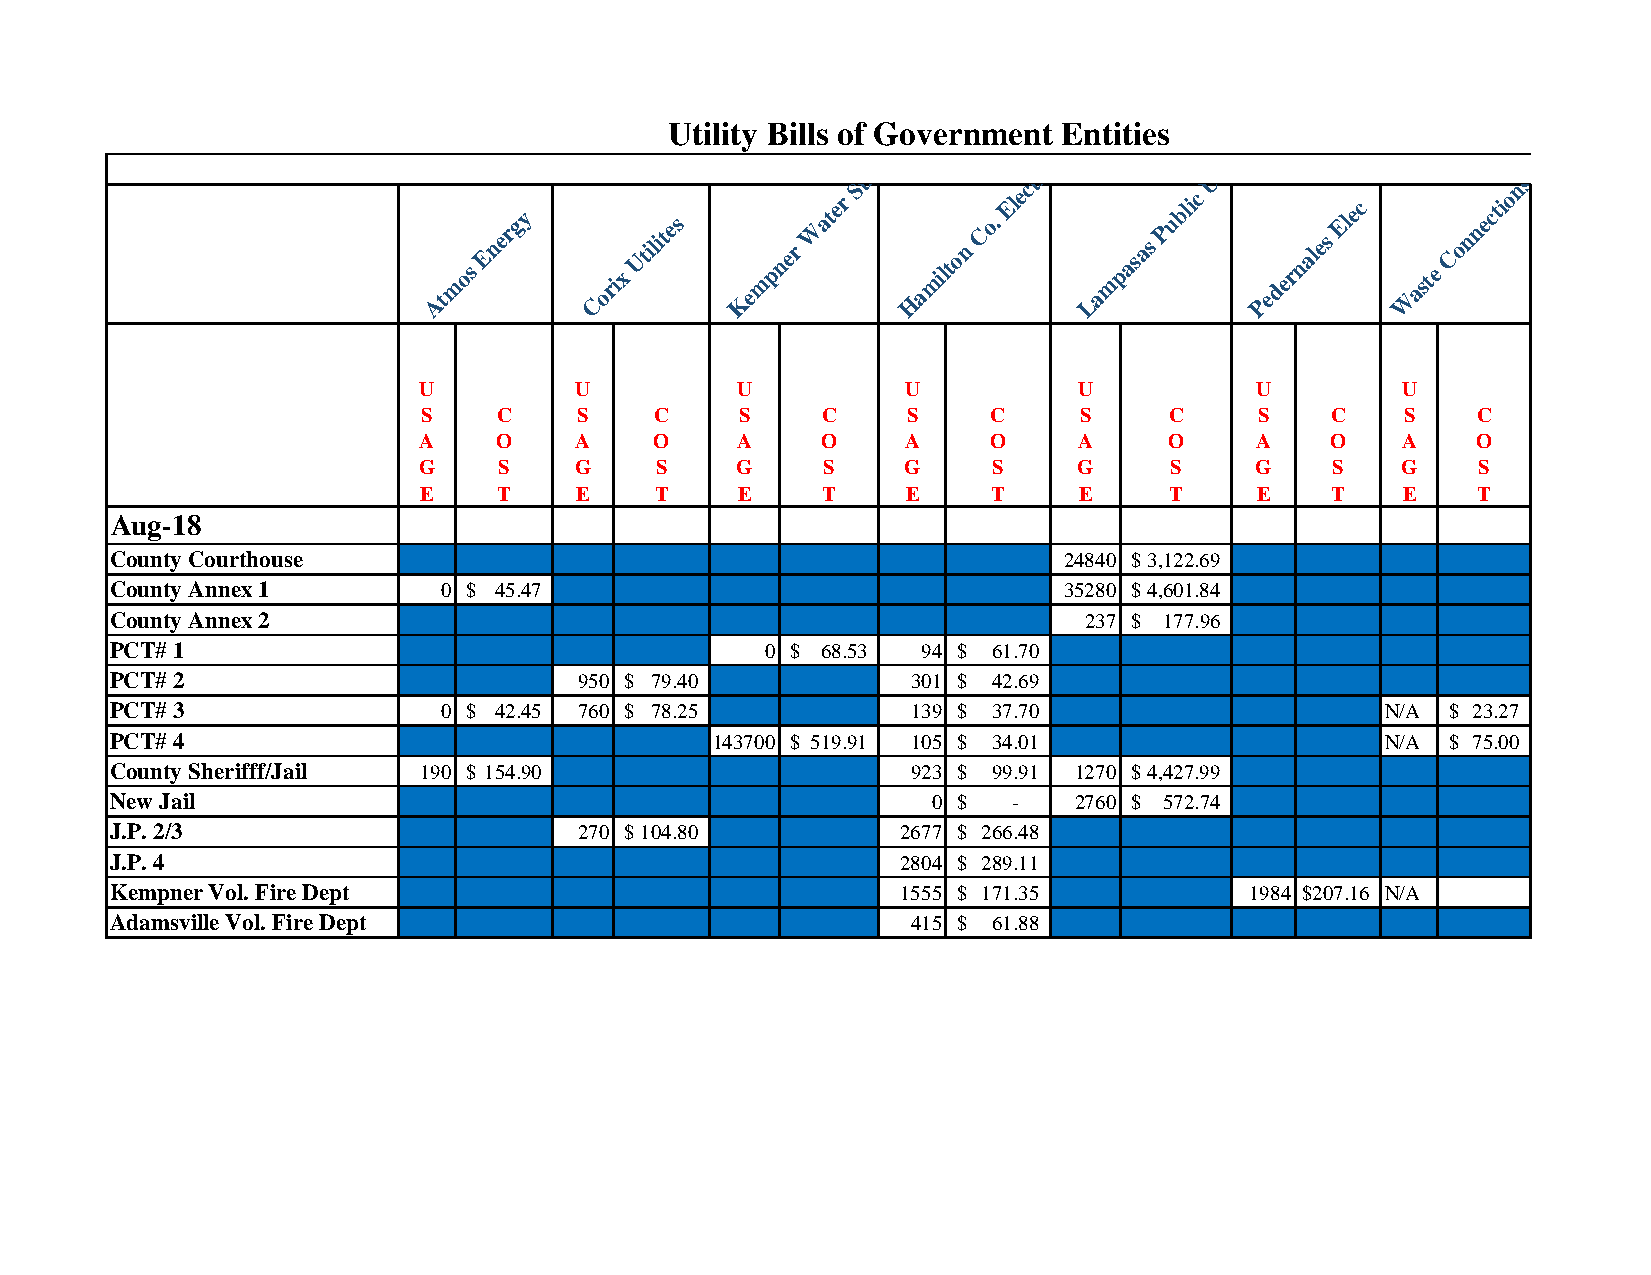
Utility Bills of Government Entities
 s
 Atmos
 Energy
 Corix
 Utilites
 Kem
 pner
 W
 ater
 Supply
 Hamilton
 Co.
 Electric
 Lam
 pasas
 Public
 Utilitie
 Pedernales
 Elec
 W
 aste
 Connections
 U         U          U          U          U           U         U
 S    C    S    C     S    C     S     C    S     C     S    C    S    C
 A    O    A    O     A    O     A     O    A     O     A    O    A    O
 G    S    G    S     G    S     G     S    G     S     G    S    G    S
 E    T    E    T     E    T     E     T    E     T     E    T    E    T
 Aug-18
 County Courthouse                                              24840 $ 3 ,122.69
 County Annex 1        0 $ 45.47                                35280 $ 4 ,601.84
 County Annex 2                                                   237 $ 1 77.96
 PCT# 1                                      0 $ 68.53 94 $ 61.70
 PCT# 2                         950 $ 79.40           301 $ 42.69
 PCT# 3                0 $ 42.45 760 $ 78.25          139 $ 37.70                     N/A $ 23.27
 PCT# 4                                  143700 $ 519.91 105 $ 34.01                  N/A $ 75.00
 County Sherifff/Jail 190 $ 154.90                    923 $ 99.91 1270 $ 4 ,427.99
 New Jail                                               0 $  -   2760 $ 5 72.74
 J.P. 2/3                       270 $ 104.80          2677 $ 266.48
 J.P. 4                                               2804 $ 289.11
 Kempner Vol. Fire Dept                               1555 $ 171.35          1984 $207.16 N/A
 Adamsville Vol. Fire Dept                            415 $ 61.88